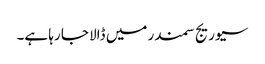
سیوریج سمندر میں ڈالا جا رہا ہے۔